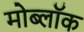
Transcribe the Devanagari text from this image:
मोब्लॉक